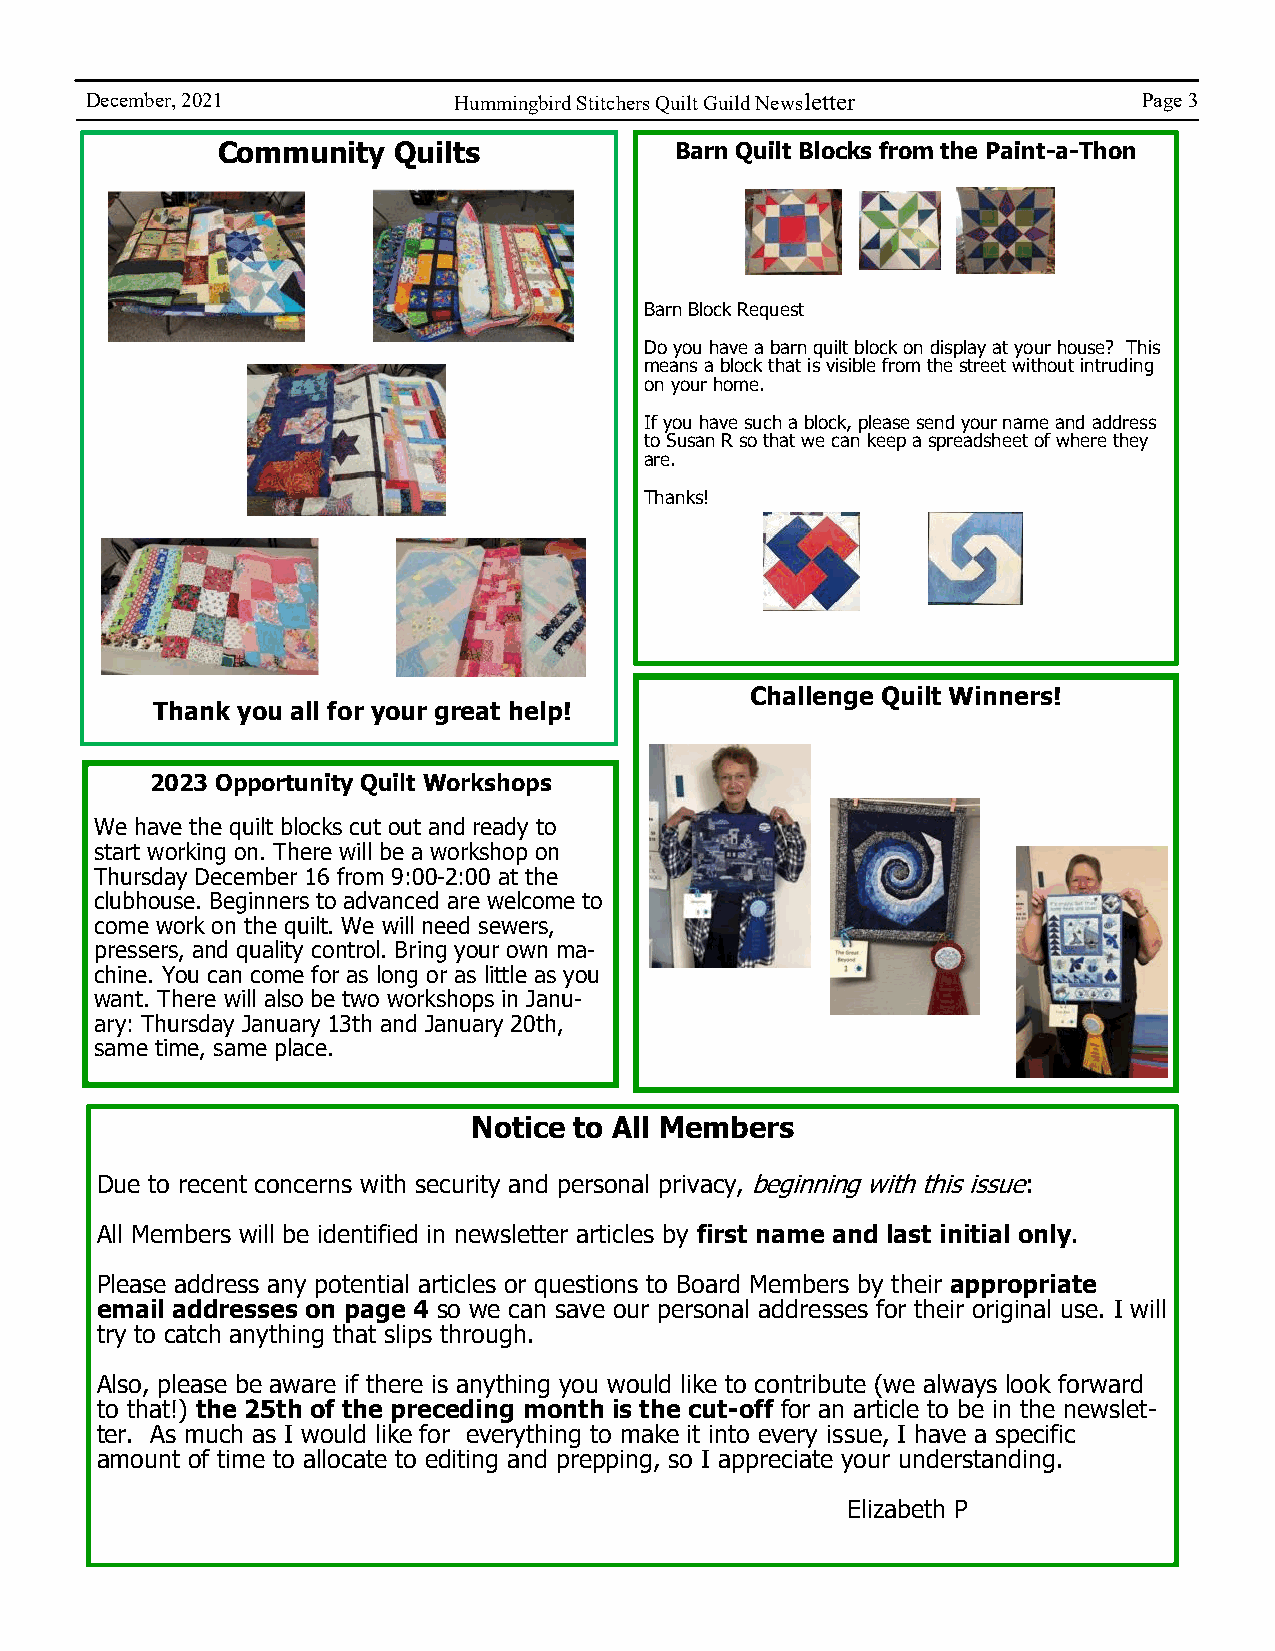
December, 2021          Hummingbird Stitchers Quilt Guild Newsletter  Page 3
 Community   Quilts             Barn Quilt Blocks from the Paint-a-Thon
 Barn Block Request
 Do you have a barn quilt block on display at your house? This
 means a block that is visible from the street without intruding
 on your home.
 If you have such a block, please send your name and address
 to Susan R so that we can keep a spreadsheet of where they
 are.
 Thanks!
 Challenge Quilt Winners!
 Thank you all for your great help!
 2023 Opportunity Quilt Workshops
 We have the quilt blocks cut out and ready to
 start working on. There will be a workshop on
 Thursday December 16 from 9:00-2:00 at the
 clubhouse. Beginners to advanced are welcome to
 come work on the quilt. We will need sewers,
 pressers, and quality control. Bring your own ma-
 chine. You can come for as long or as little as you
 want. There will also be two workshops in Janu-
 ary: Thursday January 13th and January 20th,
 same time, same place.
 Notice to All Members
 Due to recent concerns with security and personal privacy, beginning with this issue:
 All Members will be identified in newsletter articles by first name and last initial only.
 Please address any potential articles or questions to Board Members by their appropriate
 email addresses on page 4 so we can save our personal addresses for their original use. I will
 try to catch anything that slips through.
 Also, please be aware if there is anything you would like to contribute (we always look forward
 to that!) the 25th of the preceding month is the cut-off for an article to be in the newslet-
 ter. As much as I would like for everything to make it into every issue, I have a specific
 amount of time to allocate to editing and prepping, so I appreciate your understanding.
 Elizabeth P